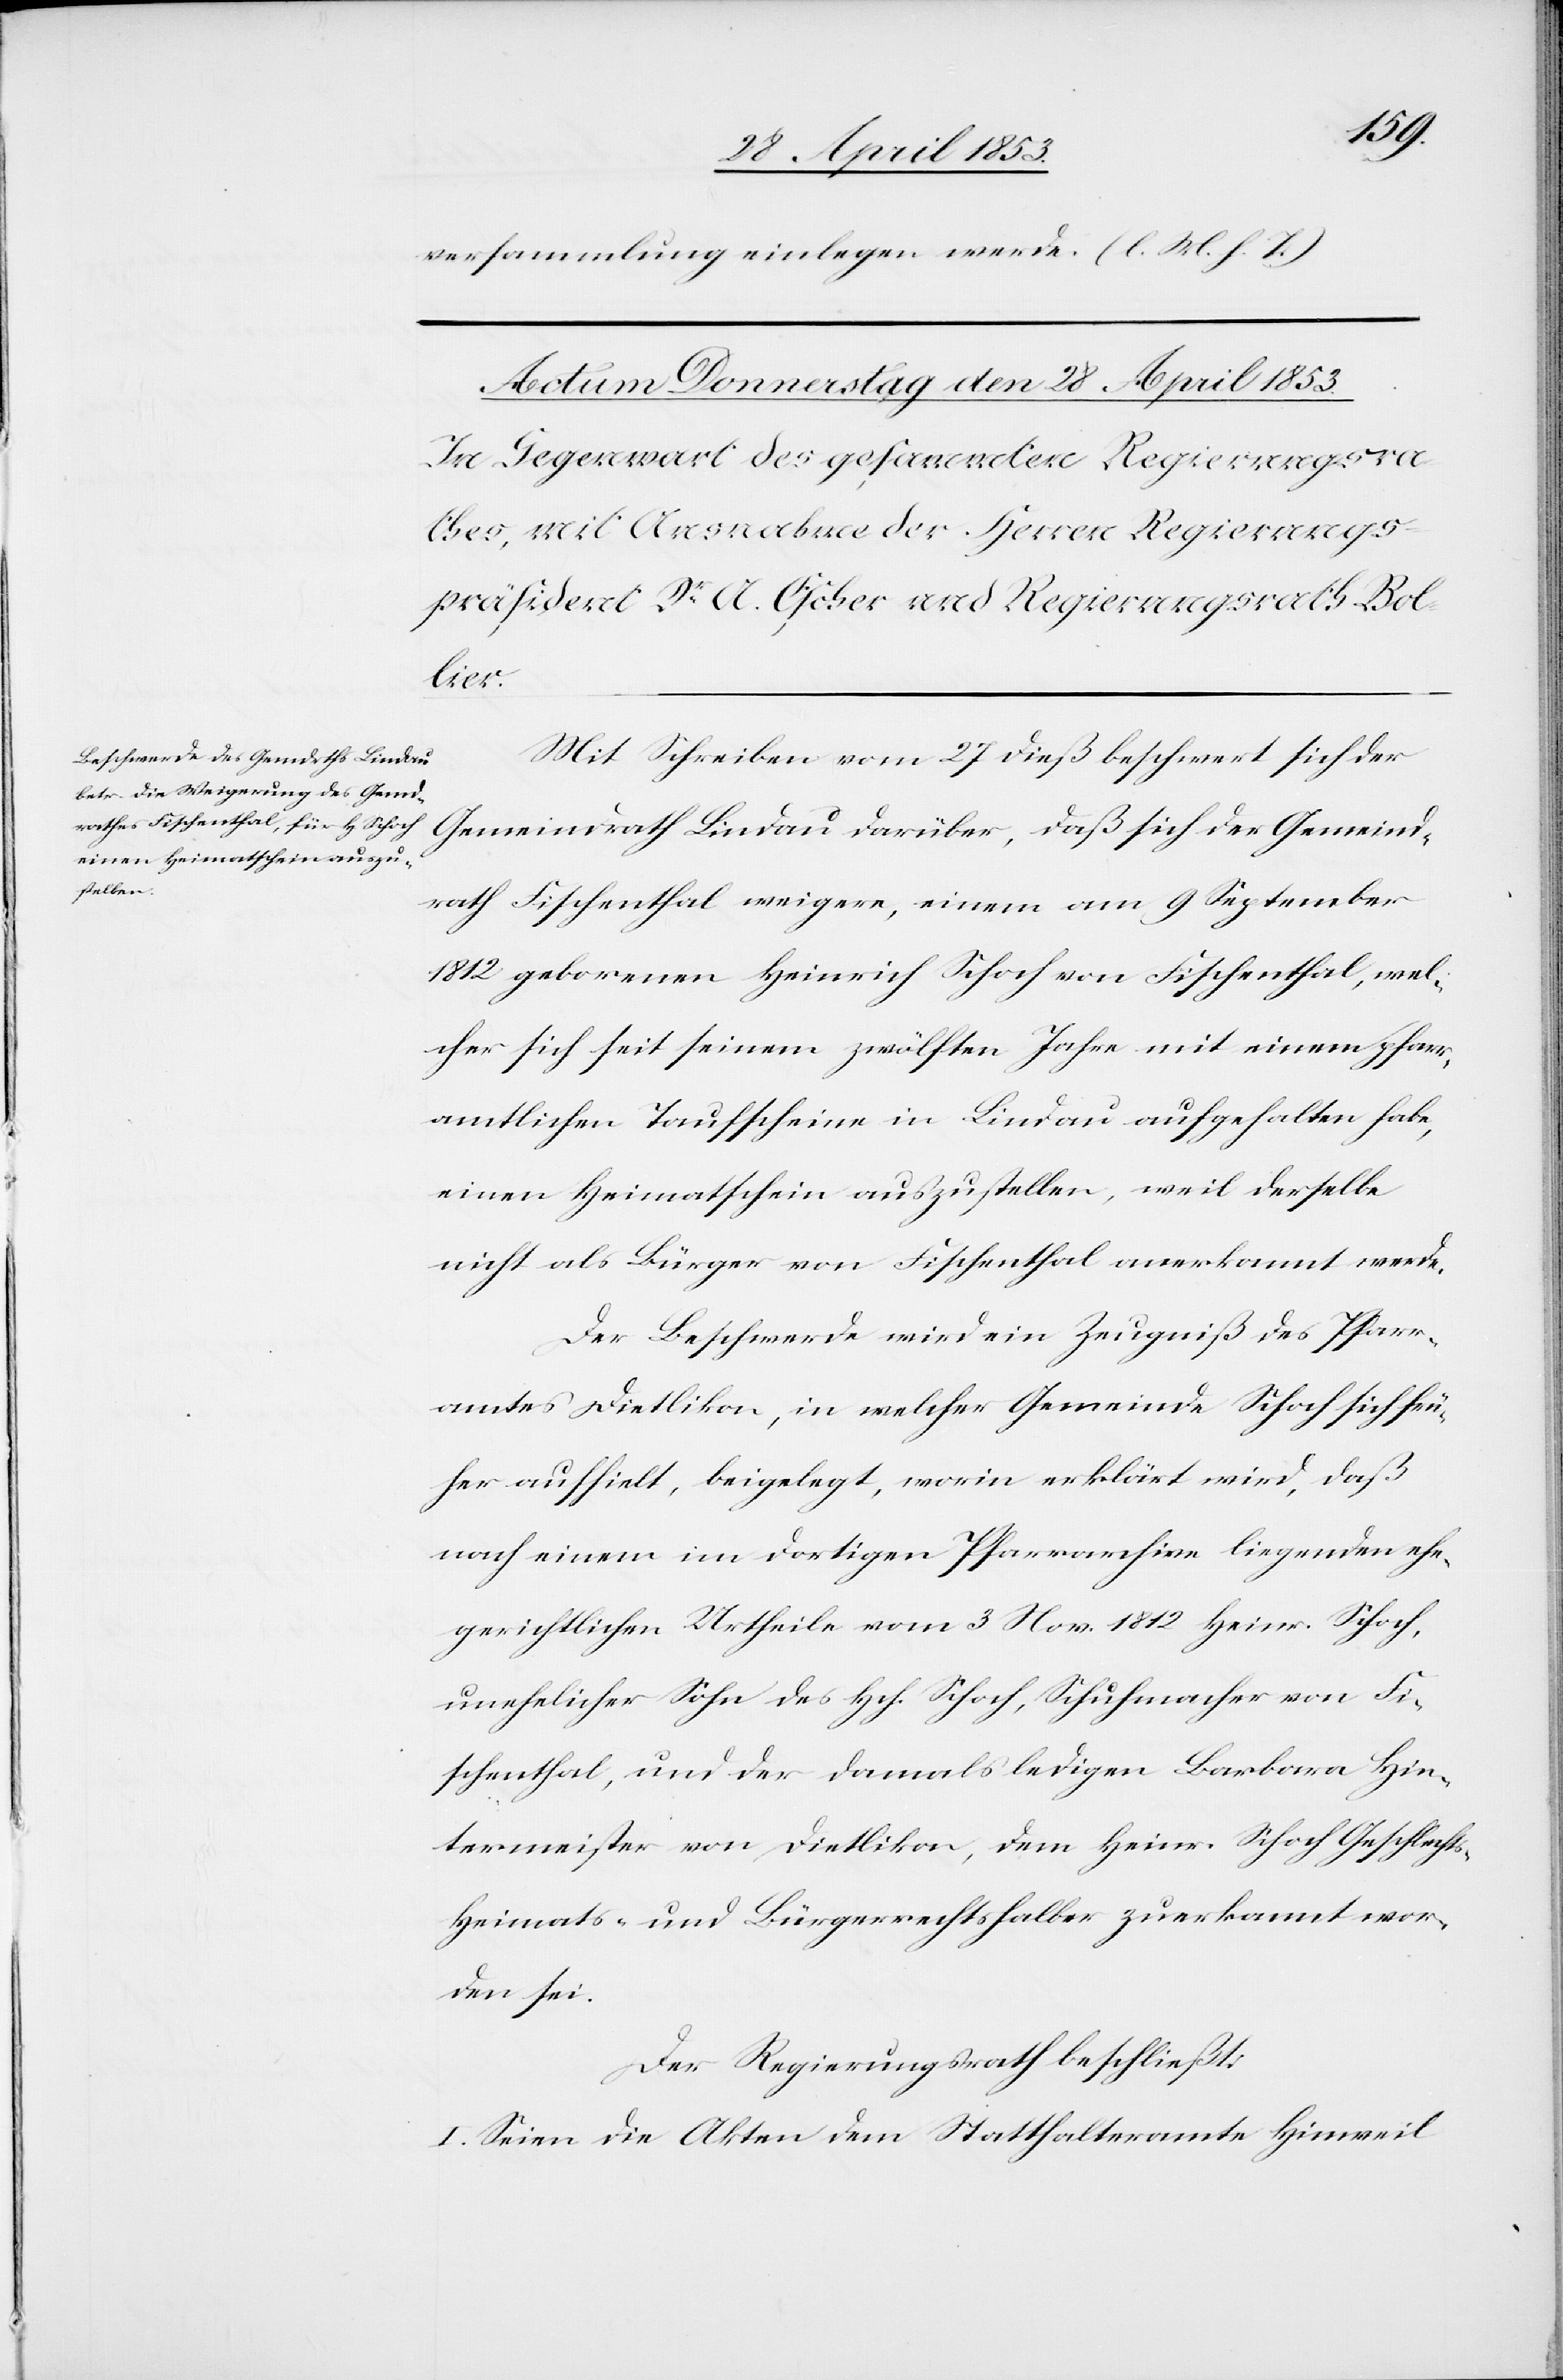
versammlung einlegen werde. [l. M. h. T]
Mit Schreiben vom 27 dieß beschwert sich der
Gemeindrath Lindau darüber, daß sich der Gemeind¬
rath Fischenthal weigere, einem am 9 September
1812 geborenen Heinrich Schoch von Fischenthal, wel¬
cher sich seit seinem zwölften Jahre mit einem pfarr¬
amtlichen Taufscheine in Lindau aufgehalten habe,
einen Heimatschein auszustellen, weil derselbe
nicht als Bürger von Fischenthal anerkannt werde.
Der Beschwerde wird ein Zeugniß des Pfarr¬
amtes Dietlikon, in welcher Gemeinde Schoch sich frü¬
her aufhielt, beigelegt, worin erklärt wird, daß
nach einem im dortigen Pfarrarchive liegenden ehe¬
gerichtlichen Urtheile vom 3 Nov. 1812 Heinr. Schoch,
unehelicher Sohn des Hch. Schoch, Schuhmacher von Fi¬
schenthal, und der damals ledigen Barbara Hin¬
termeister von Dietikon, dem Heinr. Schoch Geschlechts-
Heimats- und Bürgerrechtshalber zuerkannt wor¬
den sein.
Der Regierungsrath beschließt:
I. Seien die Akten dem Statthalteramte Hinweil